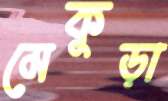
মেকুড়া